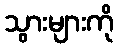
သွားများကို